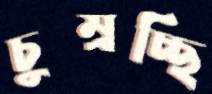
চুম্‌রচ্ছি